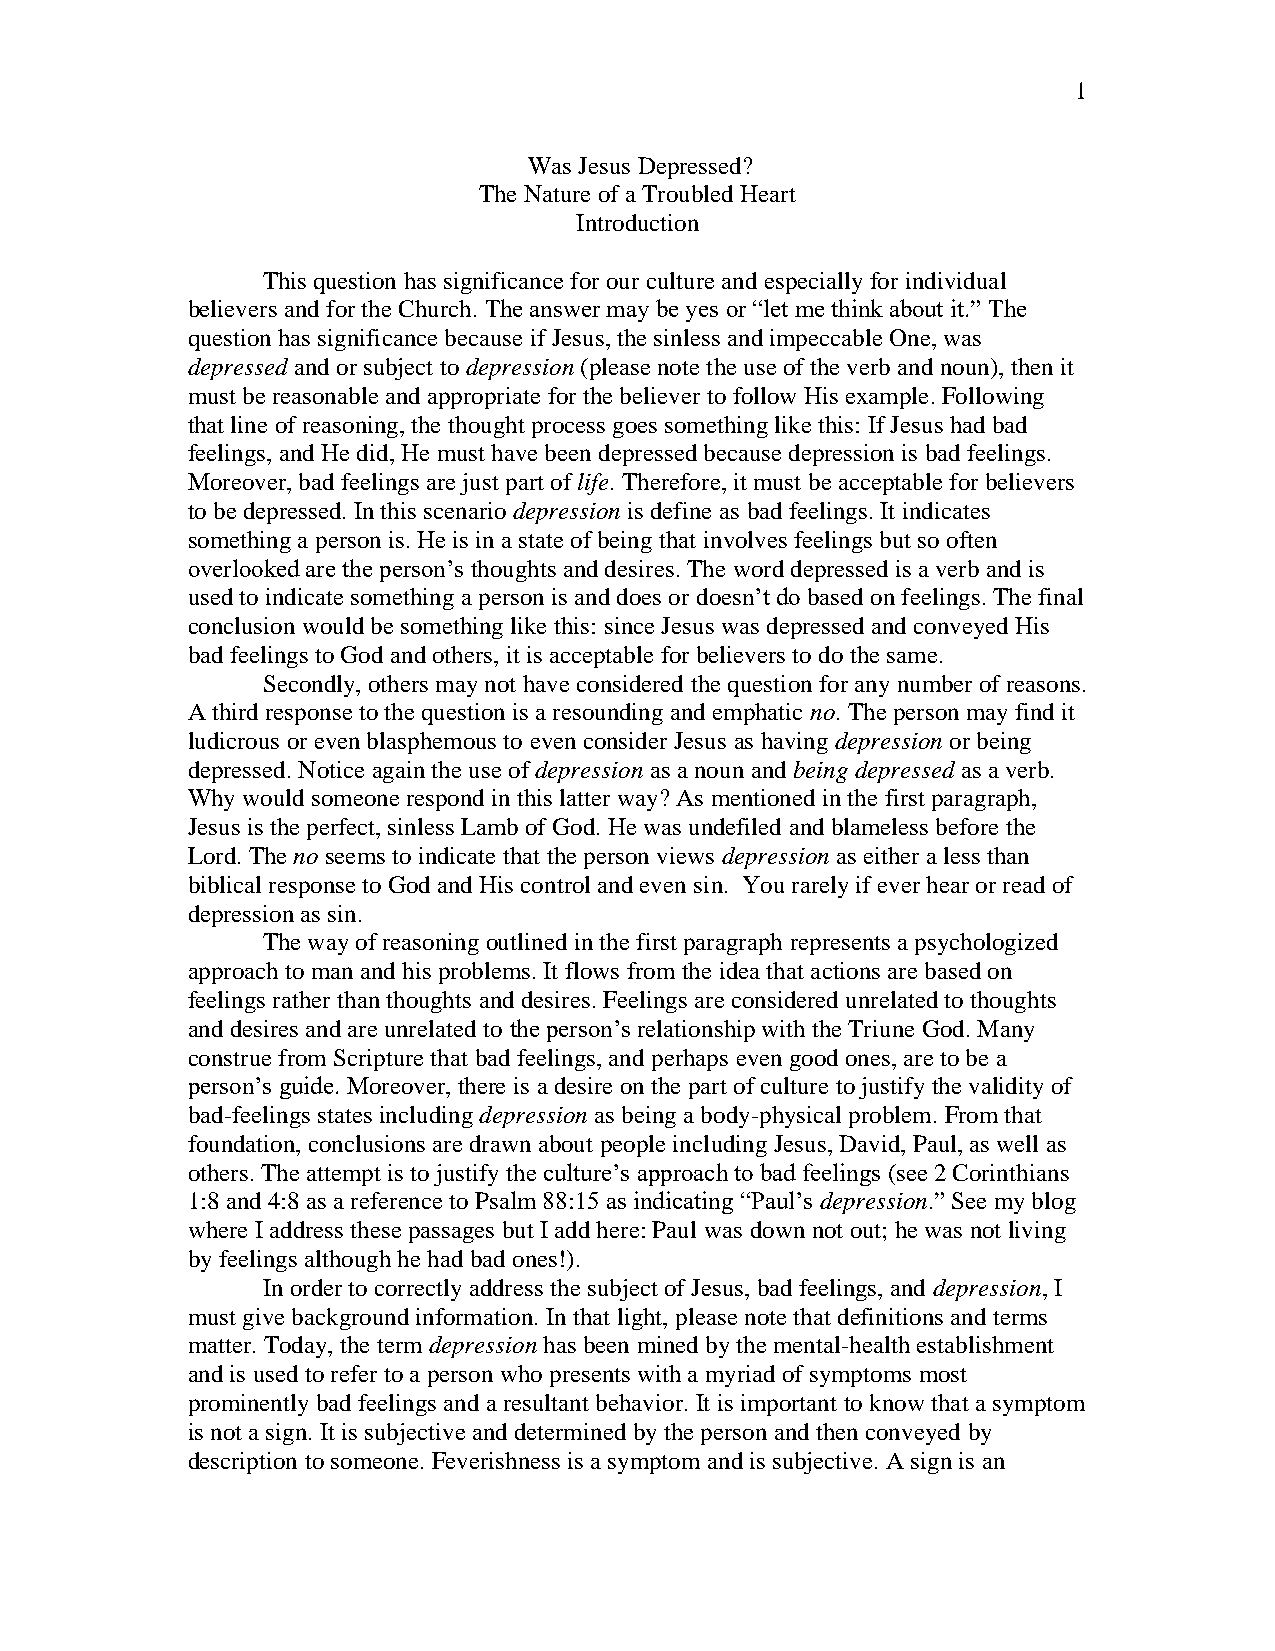
1
 Was Jesus Depressed?
 The Nature of a Troubled Heart
 Introduction
 This question has significance for our culture and especially for individual
 believers and for the Church. The answer may be yes or “let me think about it.” The
 question has significance because if Jesus, the sinless and impeccable One, was
 depressed and or subject to depression (please note the use of the verb and noun), then it
 must be reasonable and appropriate for the believer to follow His example. Following
 that line of reasoning, the thought process goes something like this: If Jesus had bad
 feelings, and He did, He must have been depressed because depression is bad feelings.
 Moreover, bad feelings are just part of life. Therefore, it must be acceptable for believers
 to be depressed. In this scenario depression is define as bad feelings. It indicates
 something a person is. He is in a state of being that involves feelings but so often
 overlooked are the person’s thoughts and desires. The word depressed is a verb and is
 used to indicate something a person is and does or doesn’t do based on feelings. The final
 conclusion would be something like this: since Jesus was depressed and conveyed His
 bad feelings to God and others, it is acceptable for believers to do the same.
 Secondly, others may not have considered the question for any number of reasons.
 A third response to the question is a resounding and emphatic no. The person may find it
 ludicrous or even blasphemous to even consider Jesus as having depression or being
 depressed. Notice again the use of depression as a noun and being depressed as a verb.
 Why would someone respond in this latter way? As mentioned in the first paragraph,
 Jesus is the perfect, sinless Lamb of God. He was undefiled and blameless before the
 Lord. The no seems to indicate that the person views depression as either a less than
 biblical response to God and His control and even sin. You rarely if ever hear or read of
 depression as sin.
 The way of reasoning outlined in the first paragraph represents a psychologized
 approach to man and his problems. It flows from the idea that actions are based on
 feelings rather than thoughts and desires. Feelings are considered unrelated to thoughts
 and desires and are unrelated to the person’s relationship with the Triune God. Many
 construe from Scripture that bad feelings, and perhaps even good ones, are to be a
 person’s guide. Moreover, there is a desire on the part of culture to justify the validity of
 bad-feelings states including depression as being a body-physical problem. From that
 foundation, conclusions are drawn about people including Jesus, David, Paul, as well as
 others. The attempt is to justify the culture’s approach to bad feelings (see 2 Corinthians
 1:8 and 4:8 as a reference to Psalm 88:15 as indicating “Paul’s depression.” See my blog
 where I address these passages but I add here: Paul was down not out; he was not living
 by feelings although he had bad ones!).
 In order to correctly address the subject of Jesus, bad feelings, and depression, I
 must give background information. In that light, please note that definitions and terms
 matter. Today, the term depression has been mined by the mental-health establishment
 and is used to refer to a person who presents with a myriad of symptoms most
 prominently bad feelings and a resultant behavior. It is important to know that a symptom
 is not a sign. It is subjective and determined by the person and then conveyed by
 description to someone. Feverishness is a symptom and is subjective. A sign is an